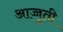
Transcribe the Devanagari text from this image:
आच्चुती